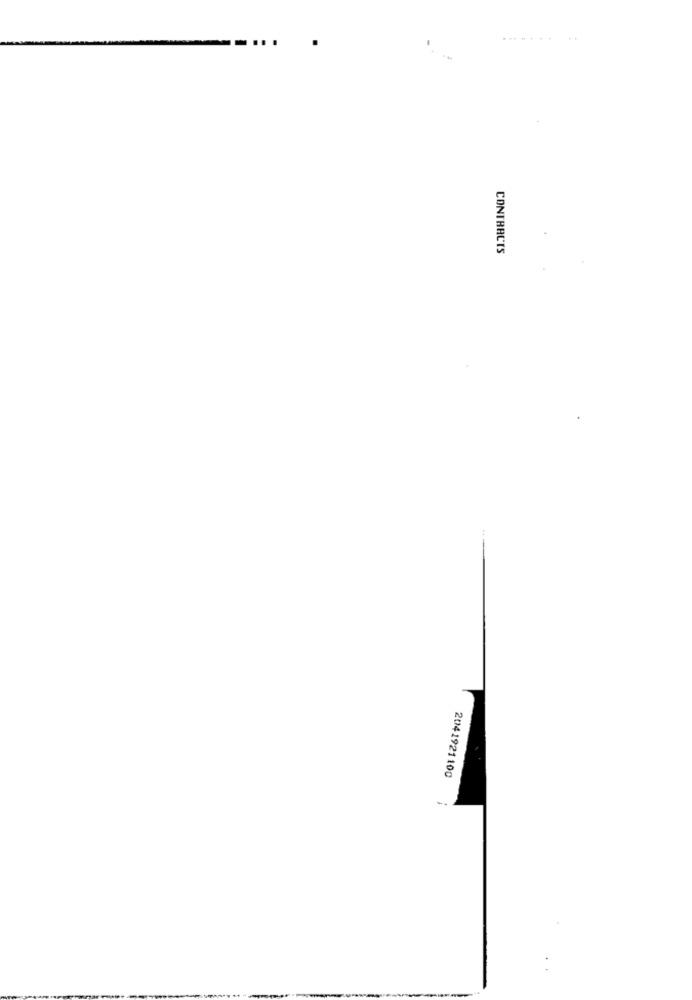
CONTRACTS
2041921100